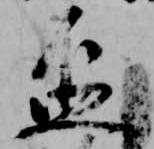
盃